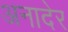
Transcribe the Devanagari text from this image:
अनादेर